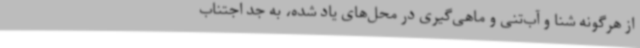
از هرگونه شنا و آب‌تنی و ماهی‌گیری در محل‌های یاد شده، به جد اجتناب